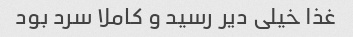
غذا خیلی دیر رسید و کاملا سرد بود